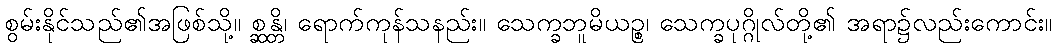
စွမ်းနိုင်သည်၏အဖြစ်သို့။ စ္ဆန္တိ၊ ရောက်ကုန်သနည်း။ သေက္ခဘူမိယဉ္စ၊ သေက္ခပုဂ္ဂိုလ်တို့၏ အရာ၌လည်းကောင်း။